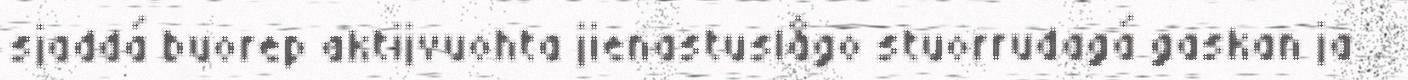
sjaddá buorep aktijvuohta jienastuslågo stuorrudagá gaskan ja